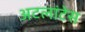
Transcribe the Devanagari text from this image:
अटलांटेस